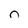
Character: n